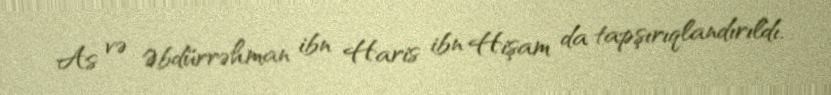
As və Əbdürrəhman ibn Haris ibn Hişam da tapşırıqlandırıldı.